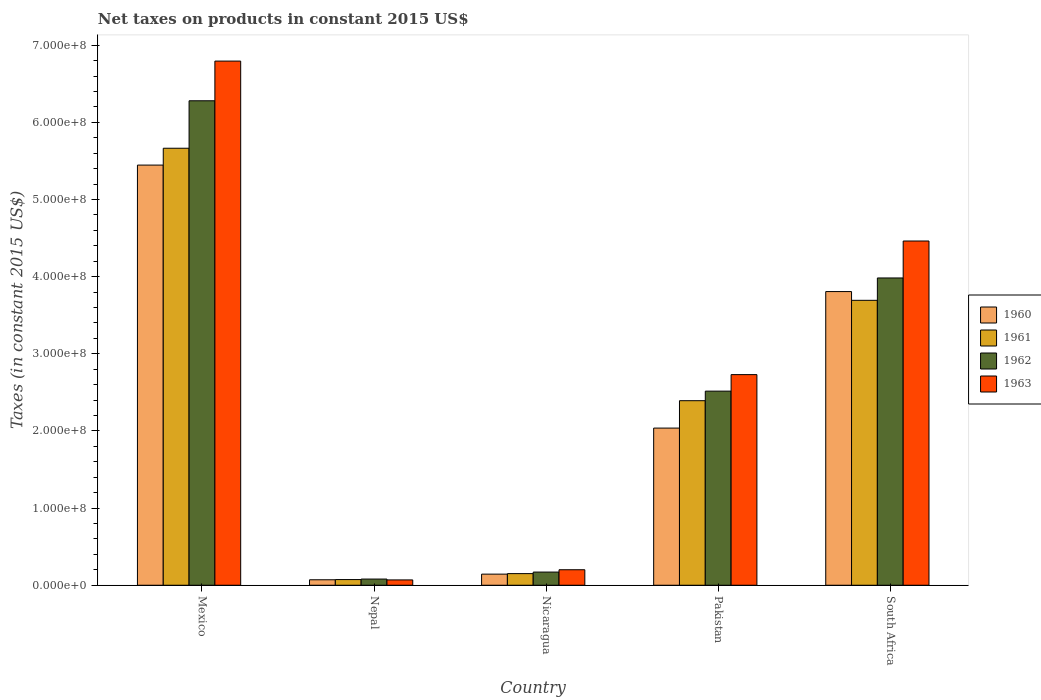
| Country | 1960 | 1961 | 1962 | 1963 |
 | --- | --- | --- | --- | --- |
 | Mexico | 5.45e+08 | 5.66e+08 | 6.28e+08 | 6.79e+08 |
 | Nepal | 7.09e+06 | 7.35e+06 | 8.01e+06 | 6.89e+06 |
 | Nicaragua | 1.44e+07 | 1.51e+07 | 1.71e+07 | 2.01e+07 |
 | Pakistan | 2.04e+08 | 2.39e+08 | 2.52e+08 | 2.73e+08 |
 | South Africa | 3.81e+08 | 3.69e+08 | 3.98e+08 | 4.46e+08 |